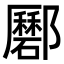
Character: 𨟟